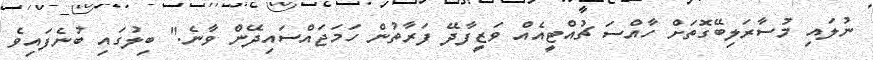
ނުލައި މުސާރަލިބޭގޮތަށް ހާއްސަ ޗުއްޓީއެއް ވަޒީފާދޭ ފަރާތުން ހަމަޖައްސައިދޭން ވާނެ." ބިލުގައި ބުނެފައިވެ